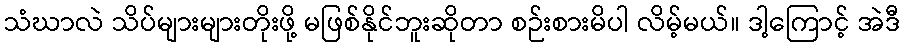
သံဃာလဲ သိပ်များများတိုးဖို့ မဖြစ်နိုင်ဘူးဆိုတာ စဉ်းစားမိပါ လိမ့်မယ်။ ဒါ့ကြောင့် အဲဒီ